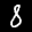
Label: 8